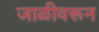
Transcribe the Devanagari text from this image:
जाळीवरून